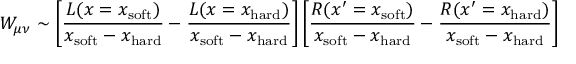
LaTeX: W _ { \mu \nu } \sim \left[ \frac { L ( x = x _ { \mathrm { s o f t } } ) } { x _ { \mathrm { s o f t } } - x _ { \mathrm { h a r d } } } - \frac { L ( x = x _ { \mathrm { h a r d } } ) } { x _ { \mathrm { s o f t } } - x _ { \mathrm { h a r d } } } \right] \left[ \frac { R ( x ^ { \prime } = x _ { \mathrm { s o f t } } ) } { x _ { \mathrm { s o f t } } - x _ { \mathrm { h a r d } } } - \frac { R ( x ^ { \prime } = x _ { \mathrm { h a r d } } ) } { x _ { \mathrm { s o f t } } - x _ { \mathrm { h a r d } } } \right]